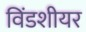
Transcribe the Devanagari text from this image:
विंडशीयर